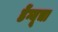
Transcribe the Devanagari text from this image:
डेंग्यूचा